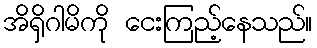
အိရှိဂါမိကို ငေးကြည့်နေသည်။